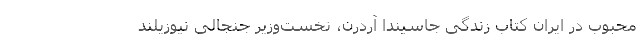
محبوب در ایران کتاب زندگی جاسیندا آردرن، نخست‌وزیر جنجالی نیوزیلند